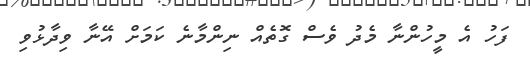
ފަހު އެ މީހުންނާ މެދު ވެސް ގޮތެއް ނިންމާނެ ކަމަށް އޭނާ ވިދާޅުވި